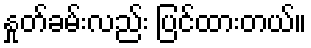
နှုတ်ခမ်းလည်း ပြင်ထားတယ်။